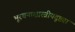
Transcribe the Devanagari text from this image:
भूरचनाशास्त्रीयदृष्ट्या